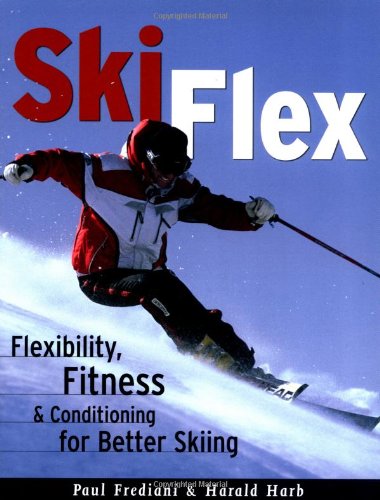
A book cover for Ski Flex: Flexibility, Fitness, and Conditioning for Better Skiing (Sports Flex Series); Paul Frediani; Health, Fitness & Dieting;